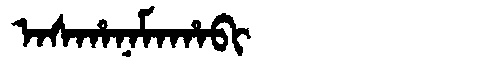
Manchu: ᠠᠰᡥᠠᠨᠠᠮᠠᡥᠠᠪᡳ
Romanization: ASHANAMAHABI